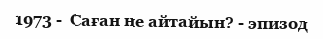
1973 -  Саған не айтайын? - эпизод